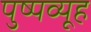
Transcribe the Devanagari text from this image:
पुष्पव्यूह